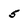
Character: 5